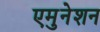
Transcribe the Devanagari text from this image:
एमुनेशन